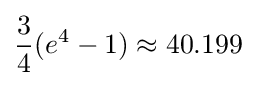
{\frac {3}{4}}(e^{4}-1)\approx 40.199